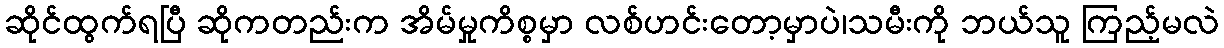
ဆိုင်ထွက်ရပြီ ဆိုကတည်းက အိမ်မှုကိစ္စမှာ လစ်ဟင်းတော့မှာပဲ၊သမီးကို ဘယ်သူ ကြည့်မလဲ